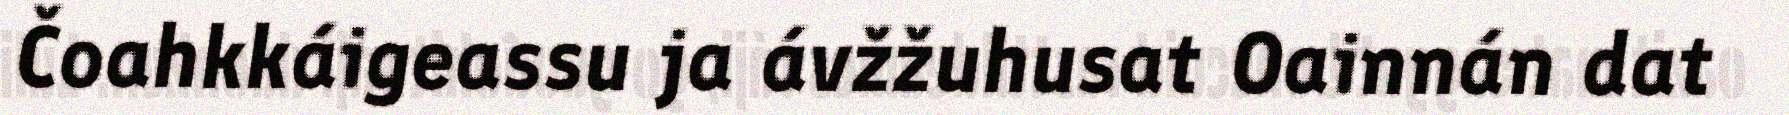
Čoahkkáigeassu ja ávžžuhusat Oainnán dat